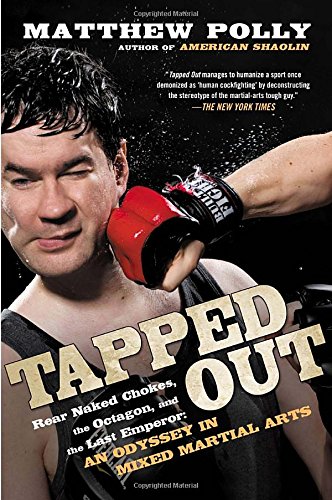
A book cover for Tapped Out: Rear Naked Chokes, the Octagon, and the Last Emperor: An Odyssey in Mixed Martia l Arts; Matthew Polly; Sports & Outdoors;